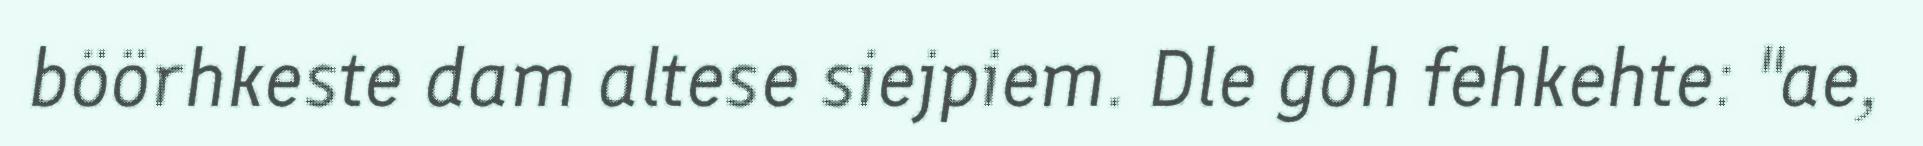
böörhkeste dam altese siejpiem. Dle goh fehkehte: "ae,